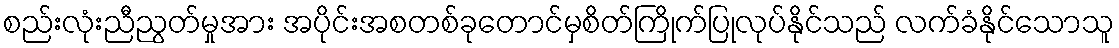
စည်းလုံးညီညွတ်မှုအား အပိုင်းအစတစ်ခုတောင်မှစိတ်ကြိုက်ပြုလုပ်နိုင်သည် လက်ခံနိုင်သောသူ